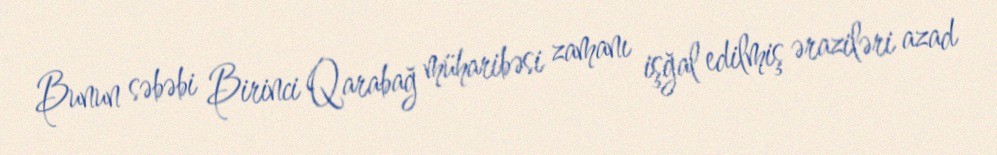
Bunun səbəbi Birinci Qarabağ müharibəsi zamanı işğal edilmiş əraziləri azad